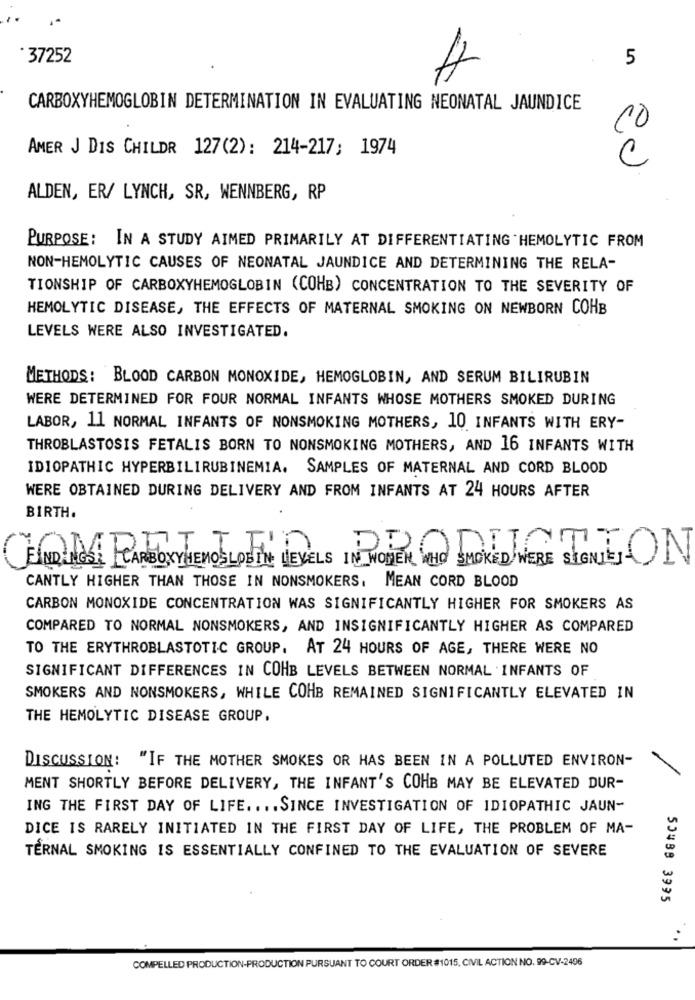
· 37252
5
ev
CARBOXYHEMOGLOBIN DETERMINATION IN EVALUATING NEONATAL JAUNDICE
AMER J DIS CHILDR 127(2): 214-217; 1974
ALDEN, ER/ LYNCH, SR, WENNBERG, RP
PURPOSE: IN A STUDY AIMED PRIMARILY AT DIFFERENTIATING HEMOLYTIC FROM
NON-HEMOLYTIC CAUSES OF NEONATAL JAUNDICE AND DETERMINING THE RELA-
TIONSHIP OF CARBOXYHEMOGLOBIN (COHB) CONCENTRATION TO THE SEVERITY OF
HEMOLYTIC DISEASE, THE EFFECTS OF MATERNAL SMOKING ON NEWBORN COHB
LEVELS WERE ALSO INVESTIGATED.
METHODS: BLOOD CARBON MONOXIDE, HEMOGLOBIN, AND SERUM BILIRUBIN
WERE DETERMINED FOR FOUR NORMAL INFANTS WHOSE MOTHERS SMOKED DURING
LABOR, 11 NORMAL INFANTS OF NONSMOKING MOTHERS, 10 INFANTS WITH ERY-
THROBLASTOSIS FETALIS BORN TO NONSMOKING MOTHERS, AND 16 INFANTS WITH
IDIOPATHIC HYPERBILIRUBINEMIA. SAMPLES OF MATERNAL AND CORD BLOOD
WERE OBTAINED DURING DELIVERY AND FROM INFANTS AT 24 HOURS AFTER
BIRTH.
1
LED PRODIATION
ENDINGS: CARBOXYHEMOSLOBIN LEVELS IN WOMEN WHO SMOKED WERE SIGNJEJ-
CANTLY HIGHER THAN THOSE IN NONSMOKERS, MEAN CORD BLOOD
CARBON MONOXIDE CONCENTRATION WAS SIGNIFICANTLY HIGHER FOR SMOKERS AS
COMPARED TO NORMAL NONSMOKERS, AND INSIGNIFICANTLY HIGHER AS COMPARED
TO THE ERYTHROBLASTOTIC GROUP. AT 24 HOURS OF AGE, THERE WERE NO
SIGNIFICANT DIFFERENCES IN COHB LEVELS BETWEEN NORMAL INFANTS OF
SMOKERS AND NONSMOKERS, WHILE COHB REMAINED SIGNIFICANTLY ELEVATED IN
THE HEMOLYTIC DISEASE GROUP.
DISCUSSION: "IF THE MOTHER SMOKES OR HAS BEEN IN A POLLUTED ENVIRON-
MENT SHORTLY BEFORE DELIVERY, THE INFANT'S COHB MAY BE ELEVATED DUR-
ING THE FIRST DAY OF LIFE .... SINCE INVESTIGATION OF IDIOPATHIC JAUN-
DICE IS RARELY INITIATED IN THE FIRST DAY OF LIFE, THE PROBLEM OF MA-
TERNAL SMOKING IS ESSENTIALLY CONFINED TO THE EVALUATION OF SEVERE
50488 3995
COMPELLED PRODUCTION-PRODUCTION PURSUANT TO COURT ORDER #1015, CIVIL ACTION NO. 99-CV-2496